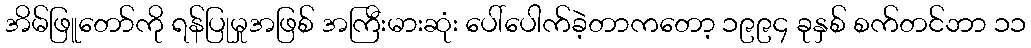
အိမ်ဖြူတော်ကို ရန်ပြုမှုအဖြစ် အကြီးမားဆုံး ပေါ်ပေါက်ခဲ့တာကတော့ ၁၉၉၄ ခုနှစ် စက်တင်ဘာ ၁၁